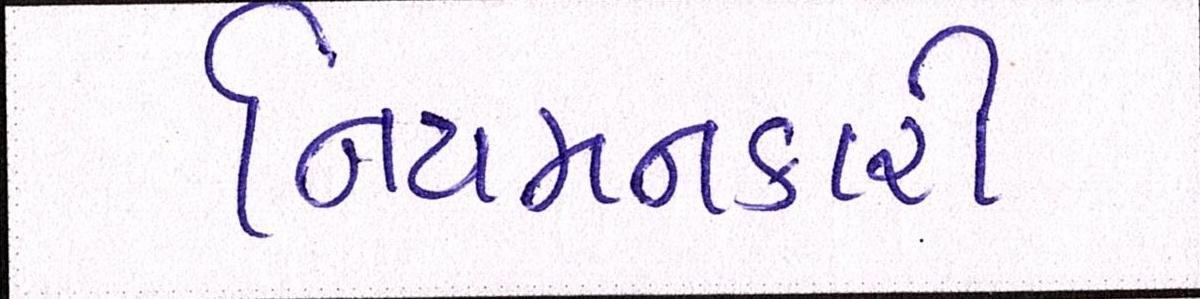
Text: નિયમનકારી